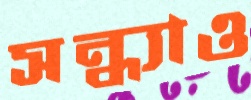
সন্ধ্যাও